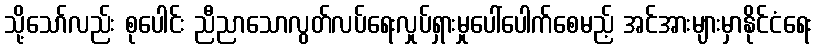
သို့သော်လည်း စုပေါင်း ညီညာသောလွတ်လပ်ရေးလှုပ်ရှားမှုပေါ်ပေါက်စေမည့် အင်အားများမှာနိုင်ငံရေး